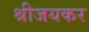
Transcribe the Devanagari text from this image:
श्रीजयकर